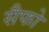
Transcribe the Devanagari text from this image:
सैफो